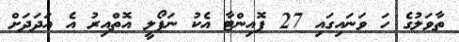
ތާވަލުގެ ހަ ވަނައިގައި 27 ޕޮއިންޓާ އެކު ނަޕޯލީ އޮތްއިރު އެ އަދަދަށް